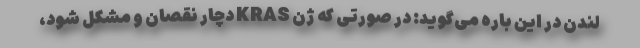
لندن در این باره می‌گوید: در صورتی که ژن KRAS دچار نقصان و مشکل شود،